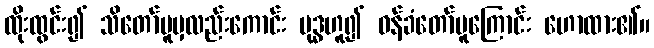
ထိုးထွင်း၍ သိတော်မူမှလည်းကောင်း ဗုဒ္ဓဟူ၍ ဝန်ခံတော်မူကြောင်း ဟောထား၏။